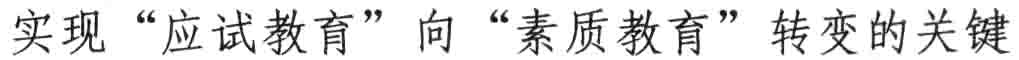
实现“应试教育”向“素质教育”转变的关键